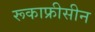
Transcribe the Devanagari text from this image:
रूकाफ्रीसीन